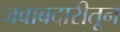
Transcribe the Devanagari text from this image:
जवाबदारीतून